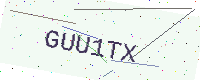
Text: GUU1TX